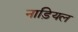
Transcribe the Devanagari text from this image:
नाड़ियल